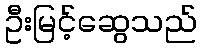
ဦးမြင့်ဆွေသည်